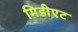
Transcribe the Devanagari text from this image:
मिडीएट